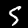
Digit: 5